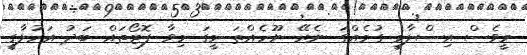
މީވެސް އިސްލާމީ ގަުމެއްގަ ނެރޭ ނޫހެއްތަ މީގަ މިވާ ފޮޓޯތައް ބަދު އަހުލާގީ